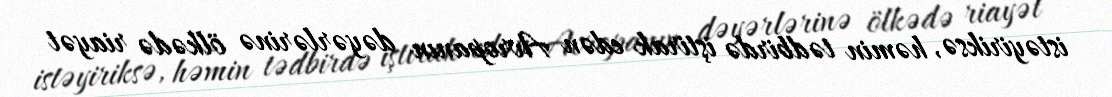
istəyiriksə, həmin tədbirdə iştirak edən Avropanın dəyərlərinə ölkədə riayət